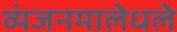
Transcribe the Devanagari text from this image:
व्यंजनमालेधले